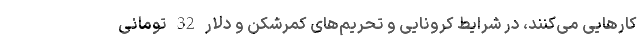
کارهایی می‌کنند، در شرایط کرونایی و تحریم‌های کمرشکن و دلار 32 تومانی